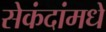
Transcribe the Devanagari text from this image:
सेकंदांमधे